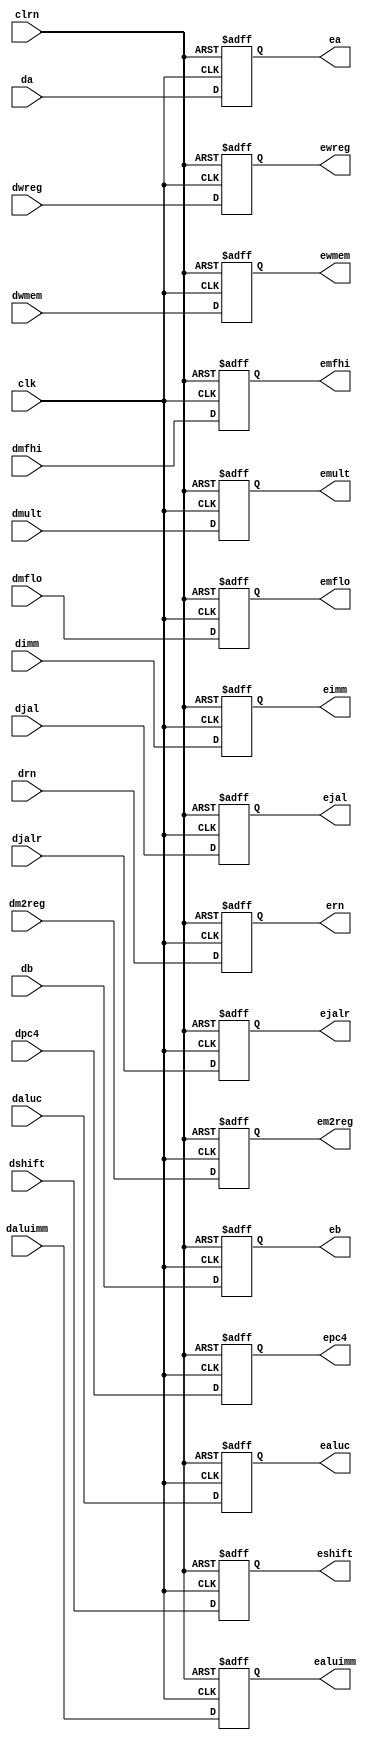

module pipedereg(dwreg, dm2reg, dwmem, daluc, daluimm, da, db, dimm, drn, dshift, djal,djalr, dpc4, clk, clrn, 
                 ewreg,em2reg ,ewmem, ealuc, ealuimm, ea, eb, eimm, ern, eshift, ejal,ejalr, epc4,
                 dmult, dmfhi, dmflo, emult, emfhi, emflo);

	input [31:0] da, db, dimm, dpc4;
	input [4:0] drn;
	input [4:0]  daluc;
	input        dwreg, dwmem, daluimm, dshift, djal, djalr;
	input [1:0] dm2reg;
	input dmult, dmfhi, dmflo;
	input        clk, clrn;

	output [31:0] ea, eb, eimm, epc4;
	output [4:0]  ern;
	output [4:0]  ealuc;
	output        ewreg,  ewmem, ealuimm, eshift, ejal, ejalr;
	output [1:0]  em2reg;
	output emult, emfhi, emflo;
	reg [31:0]    ea, eb, eimm, epc4;
	reg [4:0]     ern;
	reg [4:0]     ealuc;

	reg	          ewreg, ewmem, ealuimm, eshift, ejal, ejalr;
	reg [1:0] em2reg;
	reg emult, emfhi, emflo;
	always @ (posedge clrn or posedge clk)begin
	if(clrn)
	begin
		ewreg <= 0;
		em2reg <= 0;
		ewmem <= 0;
		ealuc <= 0;
		ealuimm <= 0;
		ea <= 0;
		eb <= 0;
		eimm <= 0;
		ern <= 0;
		eshift <= 0;
		ejal <= 0;
		ejalr <= 0;
		epc4 <= 0;
		emult <= 0;
		emfhi <= 0;
		emflo <= 0;

	end else begin
		ewreg <= dwreg;
		em2reg <= dm2reg;
		ewmem <= dwmem;
		ealuc <= daluc;
		ealuimm <= daluimm;
		ea <= da;
		eb <= db;
		eimm <= dimm;
		ern <= drn;
		eshift <= dshift;
		ejal <= djal;
		ejalr <= djalr;
		epc4 <= dpc4;
		emult <= dmult;
		emfhi <= dmfhi;
		emflo <= dmflo;

	end
	end


endmodule